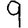
Digit: 9